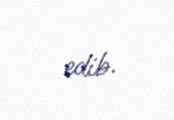
edib.